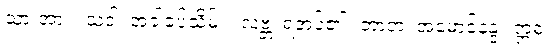
သားအား။ သဒါ၊ အခါခပ်သိမ်း။ လဗ္ဘံ၊ ရအပ်၏။ တာတ၊ အမောင်နန္ဒ။ ဣဓ၊